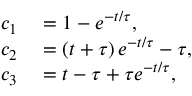
\begin{array} { r l } { c _ { 1 } } & { { } = 1 - e ^ { - t / \tau } , } \\ { c _ { 2 } } & { { } = \left( t + \tau \right) e ^ { - t / \tau } - \tau , } \\ { c _ { 3 } } & { { } = t - \tau + \tau e ^ { - t / \tau } , } \end{array}